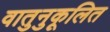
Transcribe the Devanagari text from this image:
वातुनुकूलित